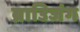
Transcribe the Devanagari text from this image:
ब्राउिजंग